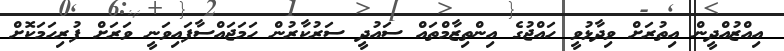
އިއްޒުއްދީން އިތުރަށް ވިދާޅުވީ ހައްޖުގެ އިންތިޒާމްތައް ސައުދީ ސަރުކާރުން ހަމަޖައްސާފައިވަނީ ވަރަށް ފުރިހަމަކޮށް